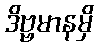
ဒိဗ္ဗမာနမှိ